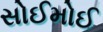
સોઈમોઈ